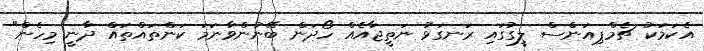
އެކަމަކު ޗެމްޕިއަންސް ލީގުގައި ރަނގަޅު ނަތީޖާއެއް ހޯދަން ބޭނުންވާނަމަ ކަންތައްތައް ދާނީ މިހެން"